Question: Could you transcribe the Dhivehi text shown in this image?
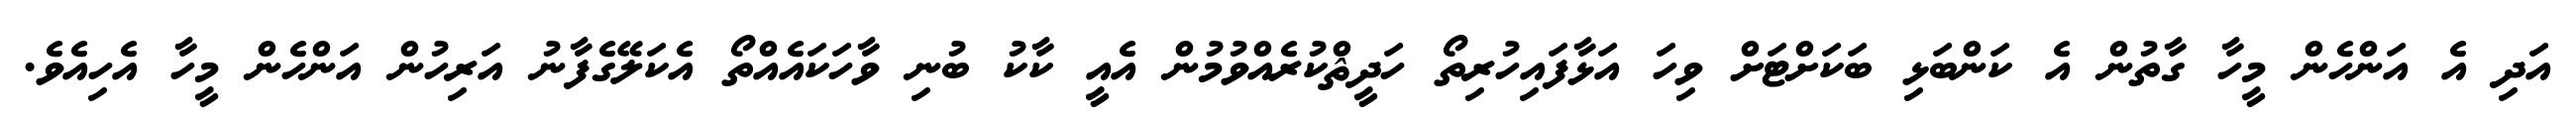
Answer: އަދި އެ އަންހެން މީހާ ގާތުން އެ ކަންބަޅި ބަކަށްޓަށް ވިހަ އަޅާފައިހުރިތޯ ހަދީޘްކުރެއްވުމުން އެއީ ކާކު ބުނި ވާހަކައެއްތޯ އެކަލޭގެފާނު އަރިހުން އަންހެން މީހާ އެހިއެވެ.